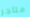
متاجر